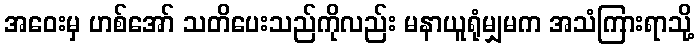
အဝေးမှ ဟစ်အော် သတိပေးသည်ကိုလည်း မနာယူရုံမျှမက အသံကြားရာသို့